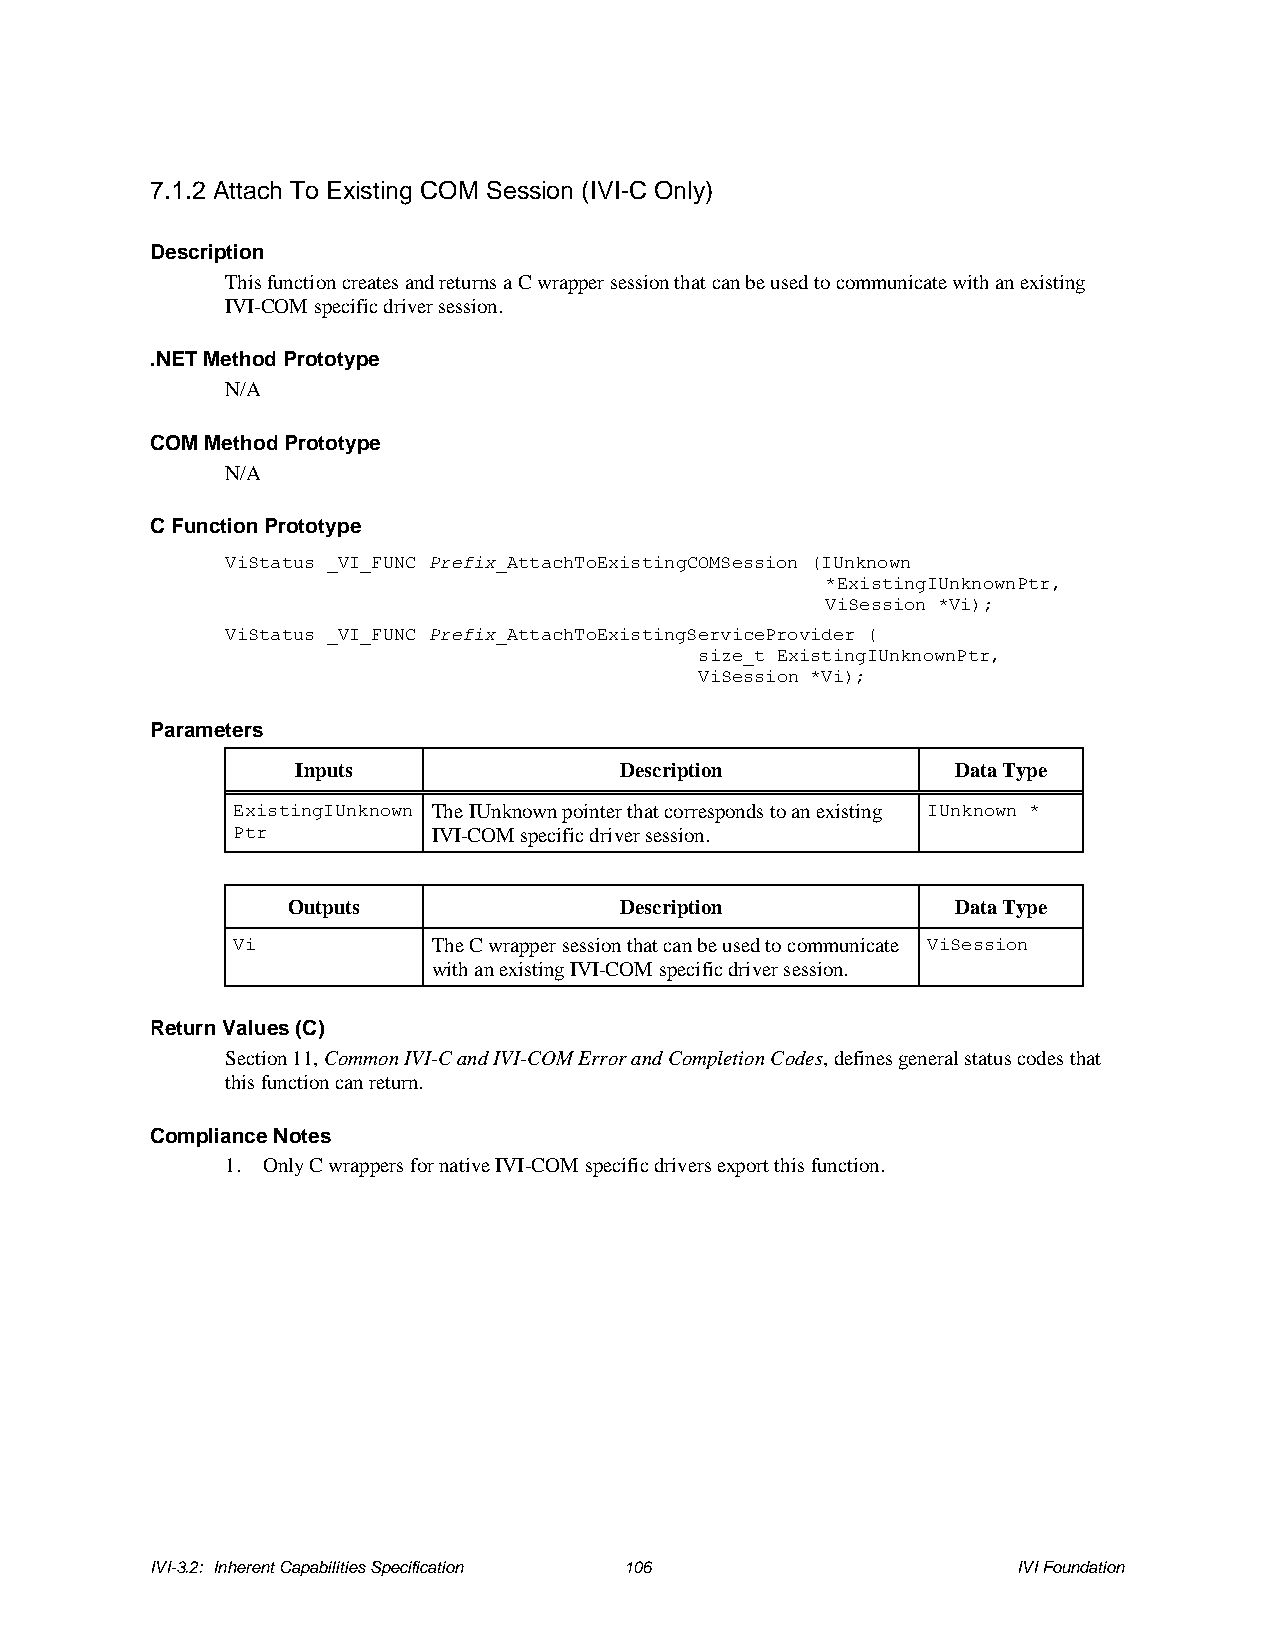
7.1.2 Attach To Existing COM Session (IVI-C Only)
 Description
 This function creates and returns a C wrapper session that can be used to communicate with an existing
 IVI-COM specific driver session.
 .NET Method Prototype
 N/A
 COM Method Prototype
 N/A
 C Function Prototype
 ViStatus _VI_FUNC Prefix_AttachToExistingCOMSession (IUnknown
 *ExistingIUnknownPtr,
 ViSession *Vi);
 ViStatus _VI_FUNC Prefix_AttachToExistingServiceProvider (
 size_t ExistingIUnknownPtr,
 ViSession *Vi);
 Parameters
 Inputs               Description           Data Type
 ExistingIUnknown The IUnknown pointer that corresponds to an existing IUnknown *
 Ptr           IVI-COM specific driver session.
 Outputs               Description           Data Type
 Vi            The C wrapper session that can be used to communicate ViSession
 with an existing IVI-COM specific driver session.
 Return Values (C)
 Section 11, Common IVI-C and IVI-COM Error and Completion Codes, defines general status codes that
 this function can return.
 Compliance Notes
 1. Only C wrappers for native IVI-COM specific drivers export this function.
 IVI-3.2: Inherent Capabilities Specification 106         IVI Foundation